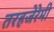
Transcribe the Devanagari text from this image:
तरहजेरेमी